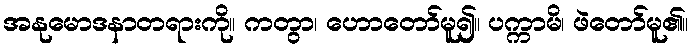
အနုမောဒနာတရားကို။ ကတွာ၊ ဟောတော်မူ၍။ ပက္ကာမိ၊ ဖဲတော်မူ၏။